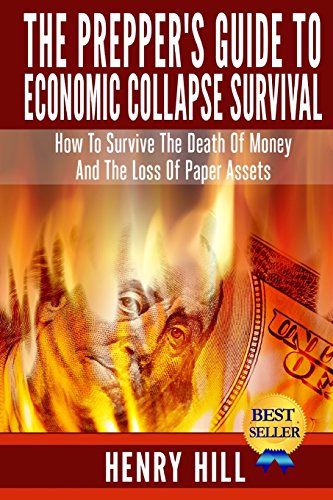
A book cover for The Prepper's Guide To Economic Collapse Survival: How To Survive The Death Of Money And The Loss Of Paper Assets; Henry Hill; Business & Money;